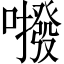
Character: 𱕕